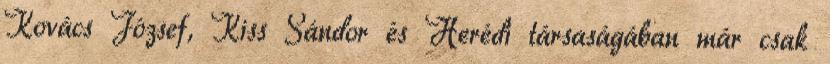
Kovács József, Kiss Sándor és Herédi társaságában már csak